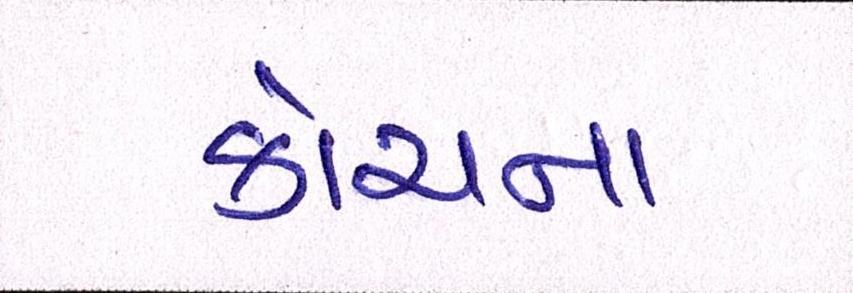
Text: કોચના